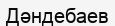
Дәндебаев